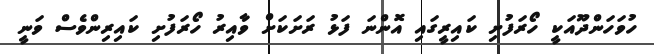
ހުވަހަންދޫއަކީ ހޯރަފުށި ކައިރީގައި އޮންނަ ފަޅު ރަށަކަށް ވާއިރު ހޯރަފުށި ކައިރިންވެސް ވަނީ